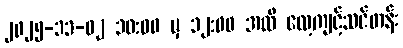
၂၀၂၅-၁၁-၀၂ ၁၀:၀၀ မှ ၁၂:၀၀ အထိ လေ့ကျင့်သင်တန်း